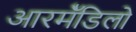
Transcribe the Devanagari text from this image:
आरर्मॅडिलो